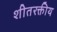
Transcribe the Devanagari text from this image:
शीतरक्तीय